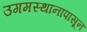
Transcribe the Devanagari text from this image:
उगमस्थानापासून